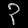
Digit: ၃